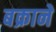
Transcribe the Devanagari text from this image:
बक्राने